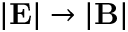
| { \bf E } | \rightarrow | { \bf B } |